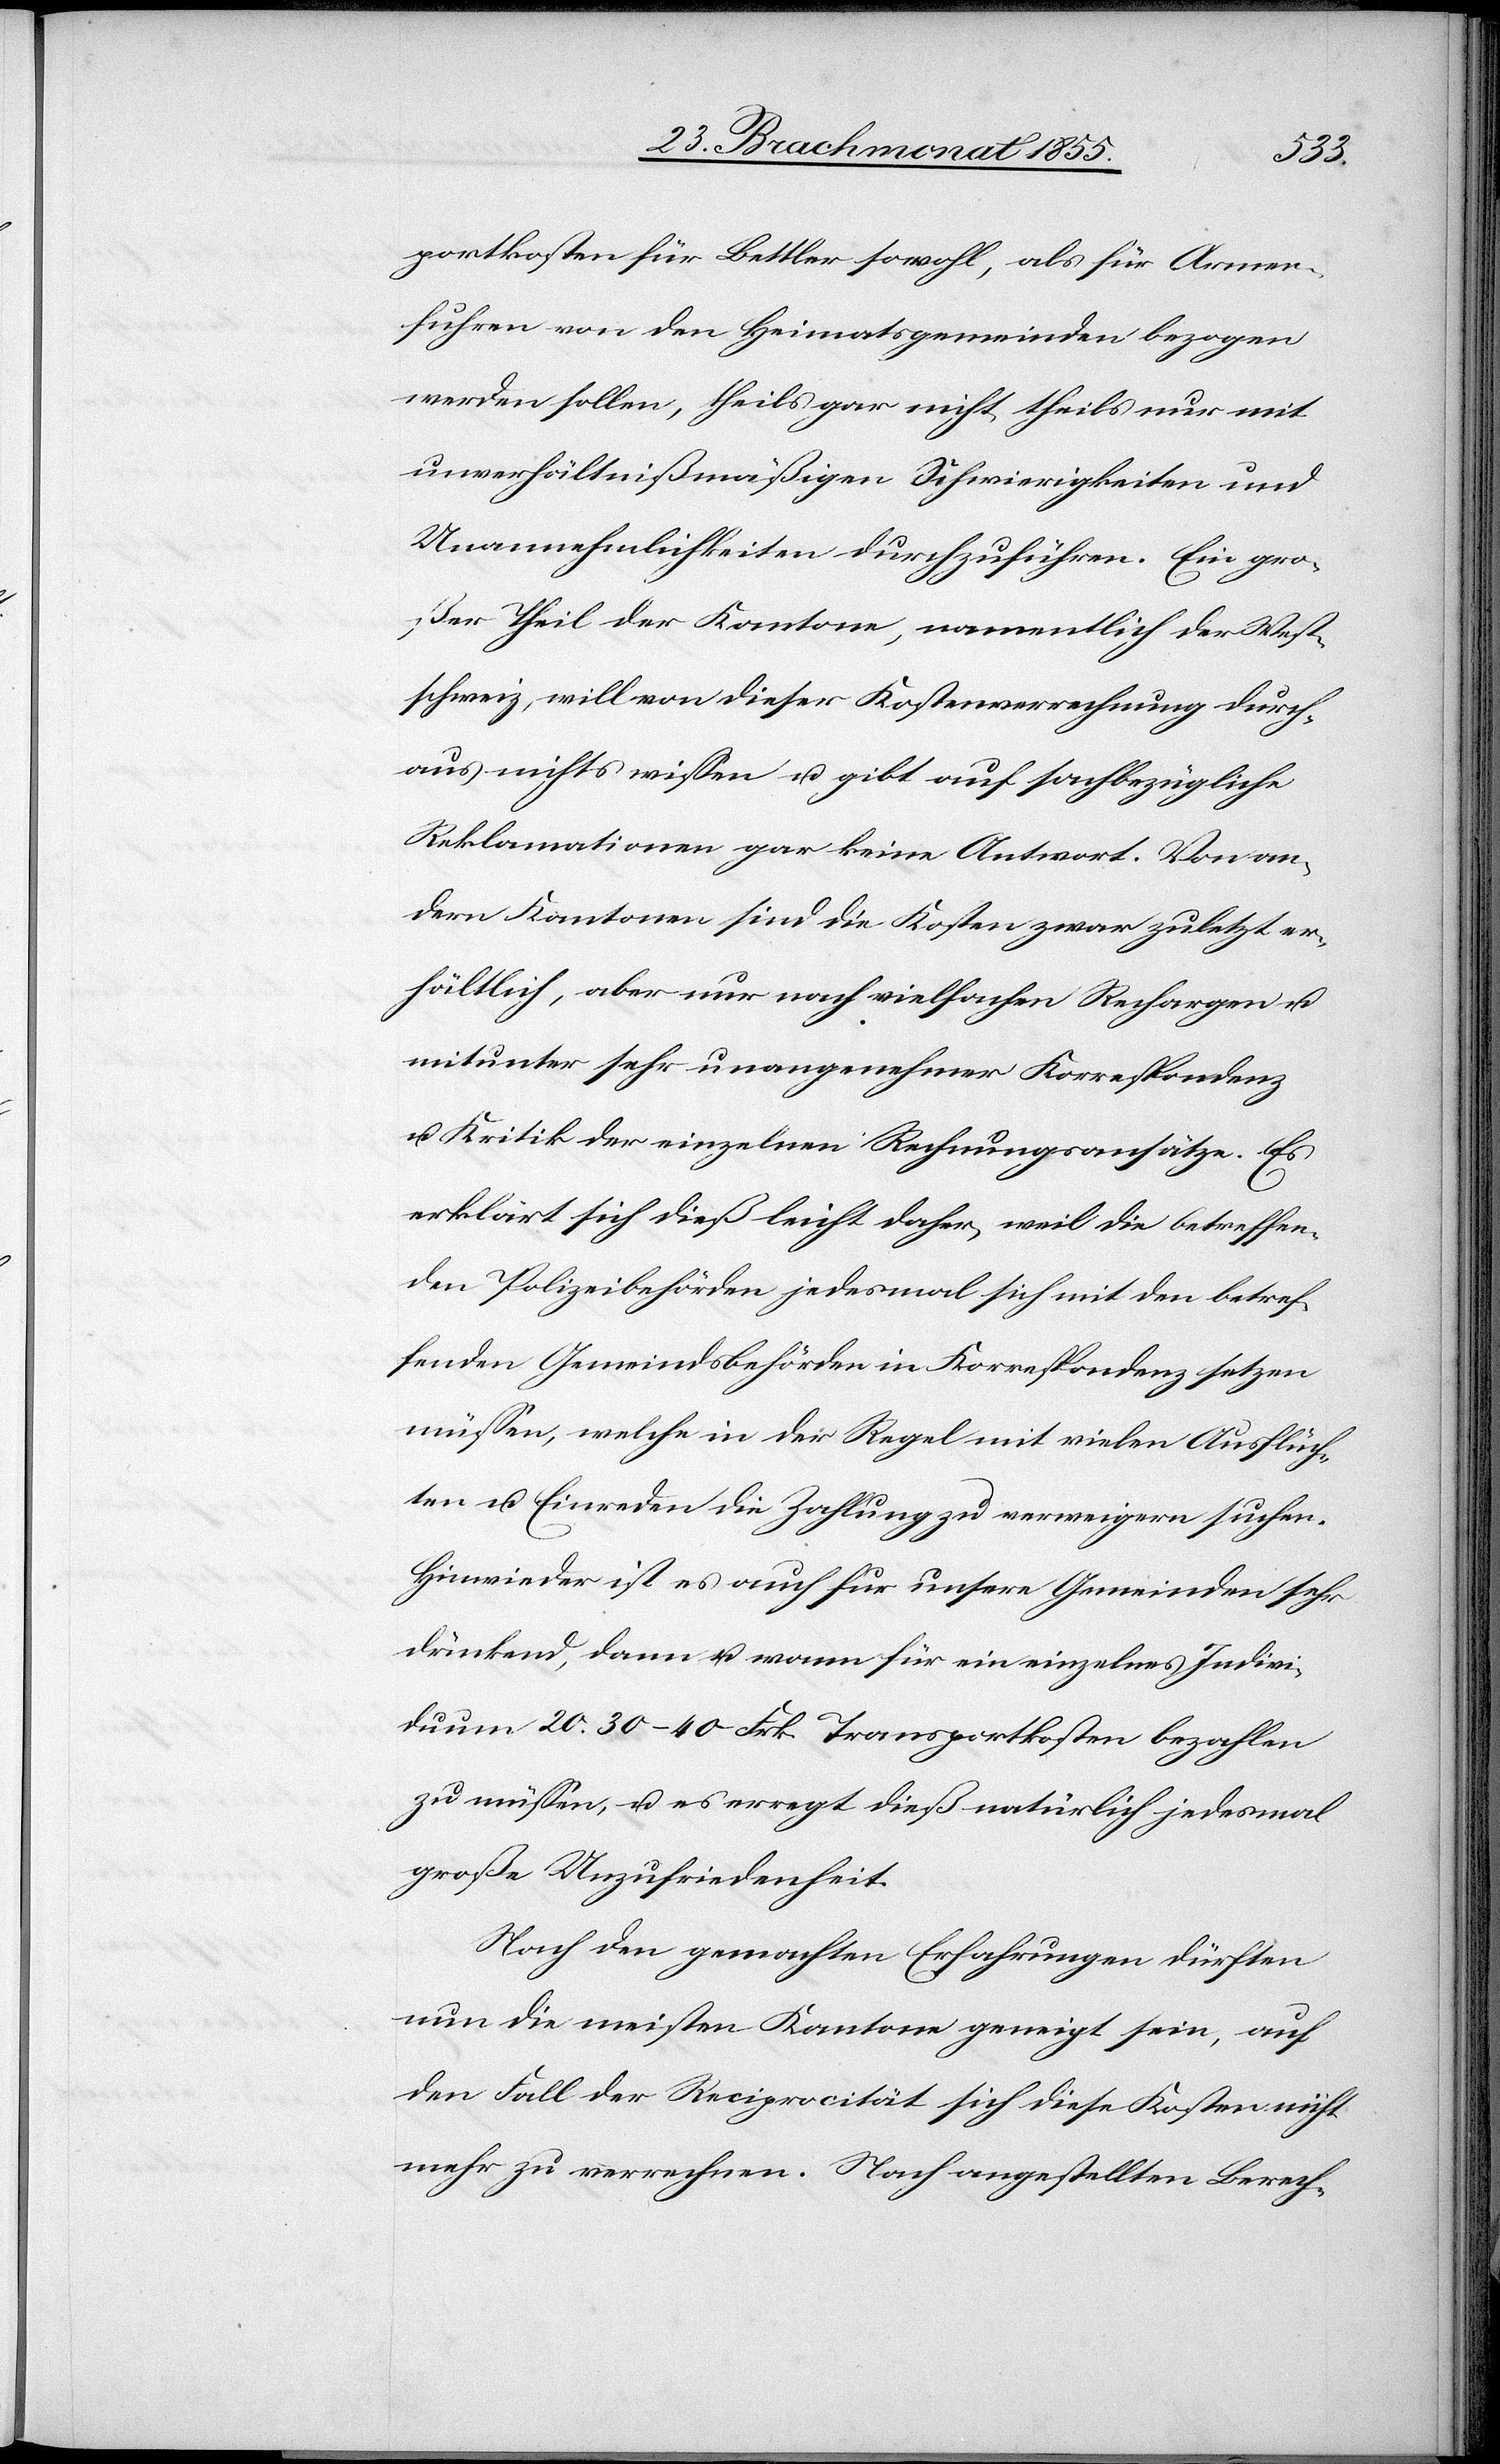
portkosten für Bettler sowohl, als für Armen¬
fuhren von den Heimatsgemeinden bezogen
werden sollen, theils gar nicht, theils nur mit
unverhältnißmäßigen Schwierigkeiten und
Unannehmlichkeiten durchzuführen. Ein gro¬
ßer Theil der Kantone, namentlich der West¬
schweiz, will von dieser Kostenverrechnung durch¬
aus nichts wissen u. gibt auf sachbezügliche
Reklamationen gar keine Antwort. Von an¬
dern Kantonen sind die Kosten zwar zuletzt er¬
hältlich, aber nur nach vielfachen Rechargen u.
mitunter sehr unangenehmer Korrespondenz
u. Kritik der einzelnen Rechnungsansätze. Es
erklärt sich dieß leicht daher, weil die betreffen¬
den Polizeibehörden jedesmal sich mit den betref¬
fenden Gemeindsbehörden in Korrespondenz setzen
müssen, welche in der Regel mit vielen Ausflüch¬
ten u. Einreden die Zahlung zu verweigern suchen.
Hinwieder ist es auch für unsere Gemeinden sehr
drückend, dann u. wann für ein einzelnes Indivi¬
duum 20. 30–40 Frk. Transportkosten bezahlen
zu müssen, u. es erregt dieß natürlich jedesmal
große Unzufriedenheit.
Nach den gemachten Erfahrungen dürften
nun die meisten Kantone geneigt sein, auf
den Fall der Reciprocität sich diese Kosten nicht
mehr zu verrechnen. Nach angestellten Berech-